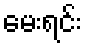
မေးရင်း